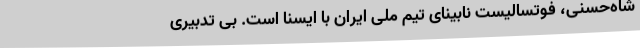
شاه‌حسنی، فوتسالیست نابینای تیم ملی ایران با ایسنا است. بی تدبیری